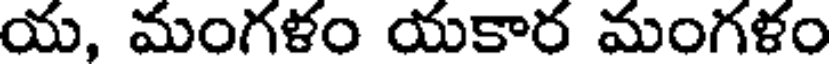
య, మంగళం యకార మంగళం